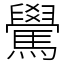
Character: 䮸